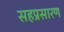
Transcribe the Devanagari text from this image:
सहप्रसारण